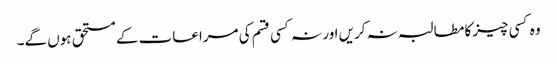
وہ کسی چیزکا مطالبہ نہ کریں اور نہ کسی قسم کی مراعات کے مستحق ہوں گے۔